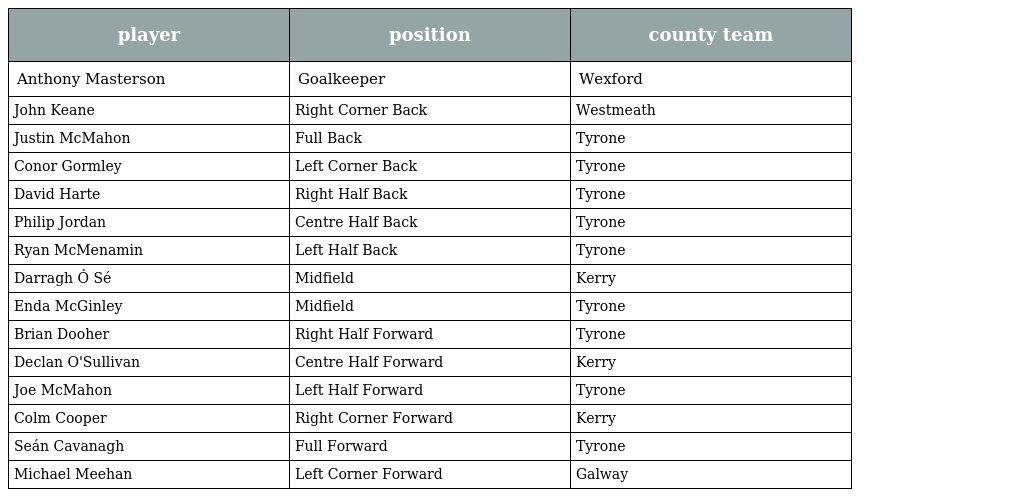
| player | position | county team |
 | --- | --- | --- |
 | Anthony Masterson | Goalkeeper | Wexford |
 | John Keane | Right Corner Back | Westmeath |
 | Justin McMahon | Full Back | Tyrone |
 | Conor Gormley | Left Corner Back | Tyrone |
 | David Harte | Right Half Back | Tyrone |
 | Philip Jordan | Centre Half Back | Tyrone |
 | Ryan McMenamin | Left Half Back | Tyrone |
 | Darragh Ó Sé | Midfield | Kerry |
 | Enda McGinley | Midfield | Tyrone |
 | Brian Dooher | Right Half Forward | Tyrone |
 | Declan O'Sullivan | Centre Half Forward | Kerry |
 | Joe McMahon | Left Half Forward | Tyrone |
 | Colm Cooper | Right Corner Forward | Kerry |
 | Seán Cavanagh | Full Forward | Tyrone |
 | Michael Meehan | Left Corner Forward | Galway |